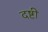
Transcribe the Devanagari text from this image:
दष्टी